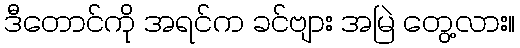
ဒီတောင်ကို အရင်က ခင်ဗျား အမြဲ တွေ့လား။